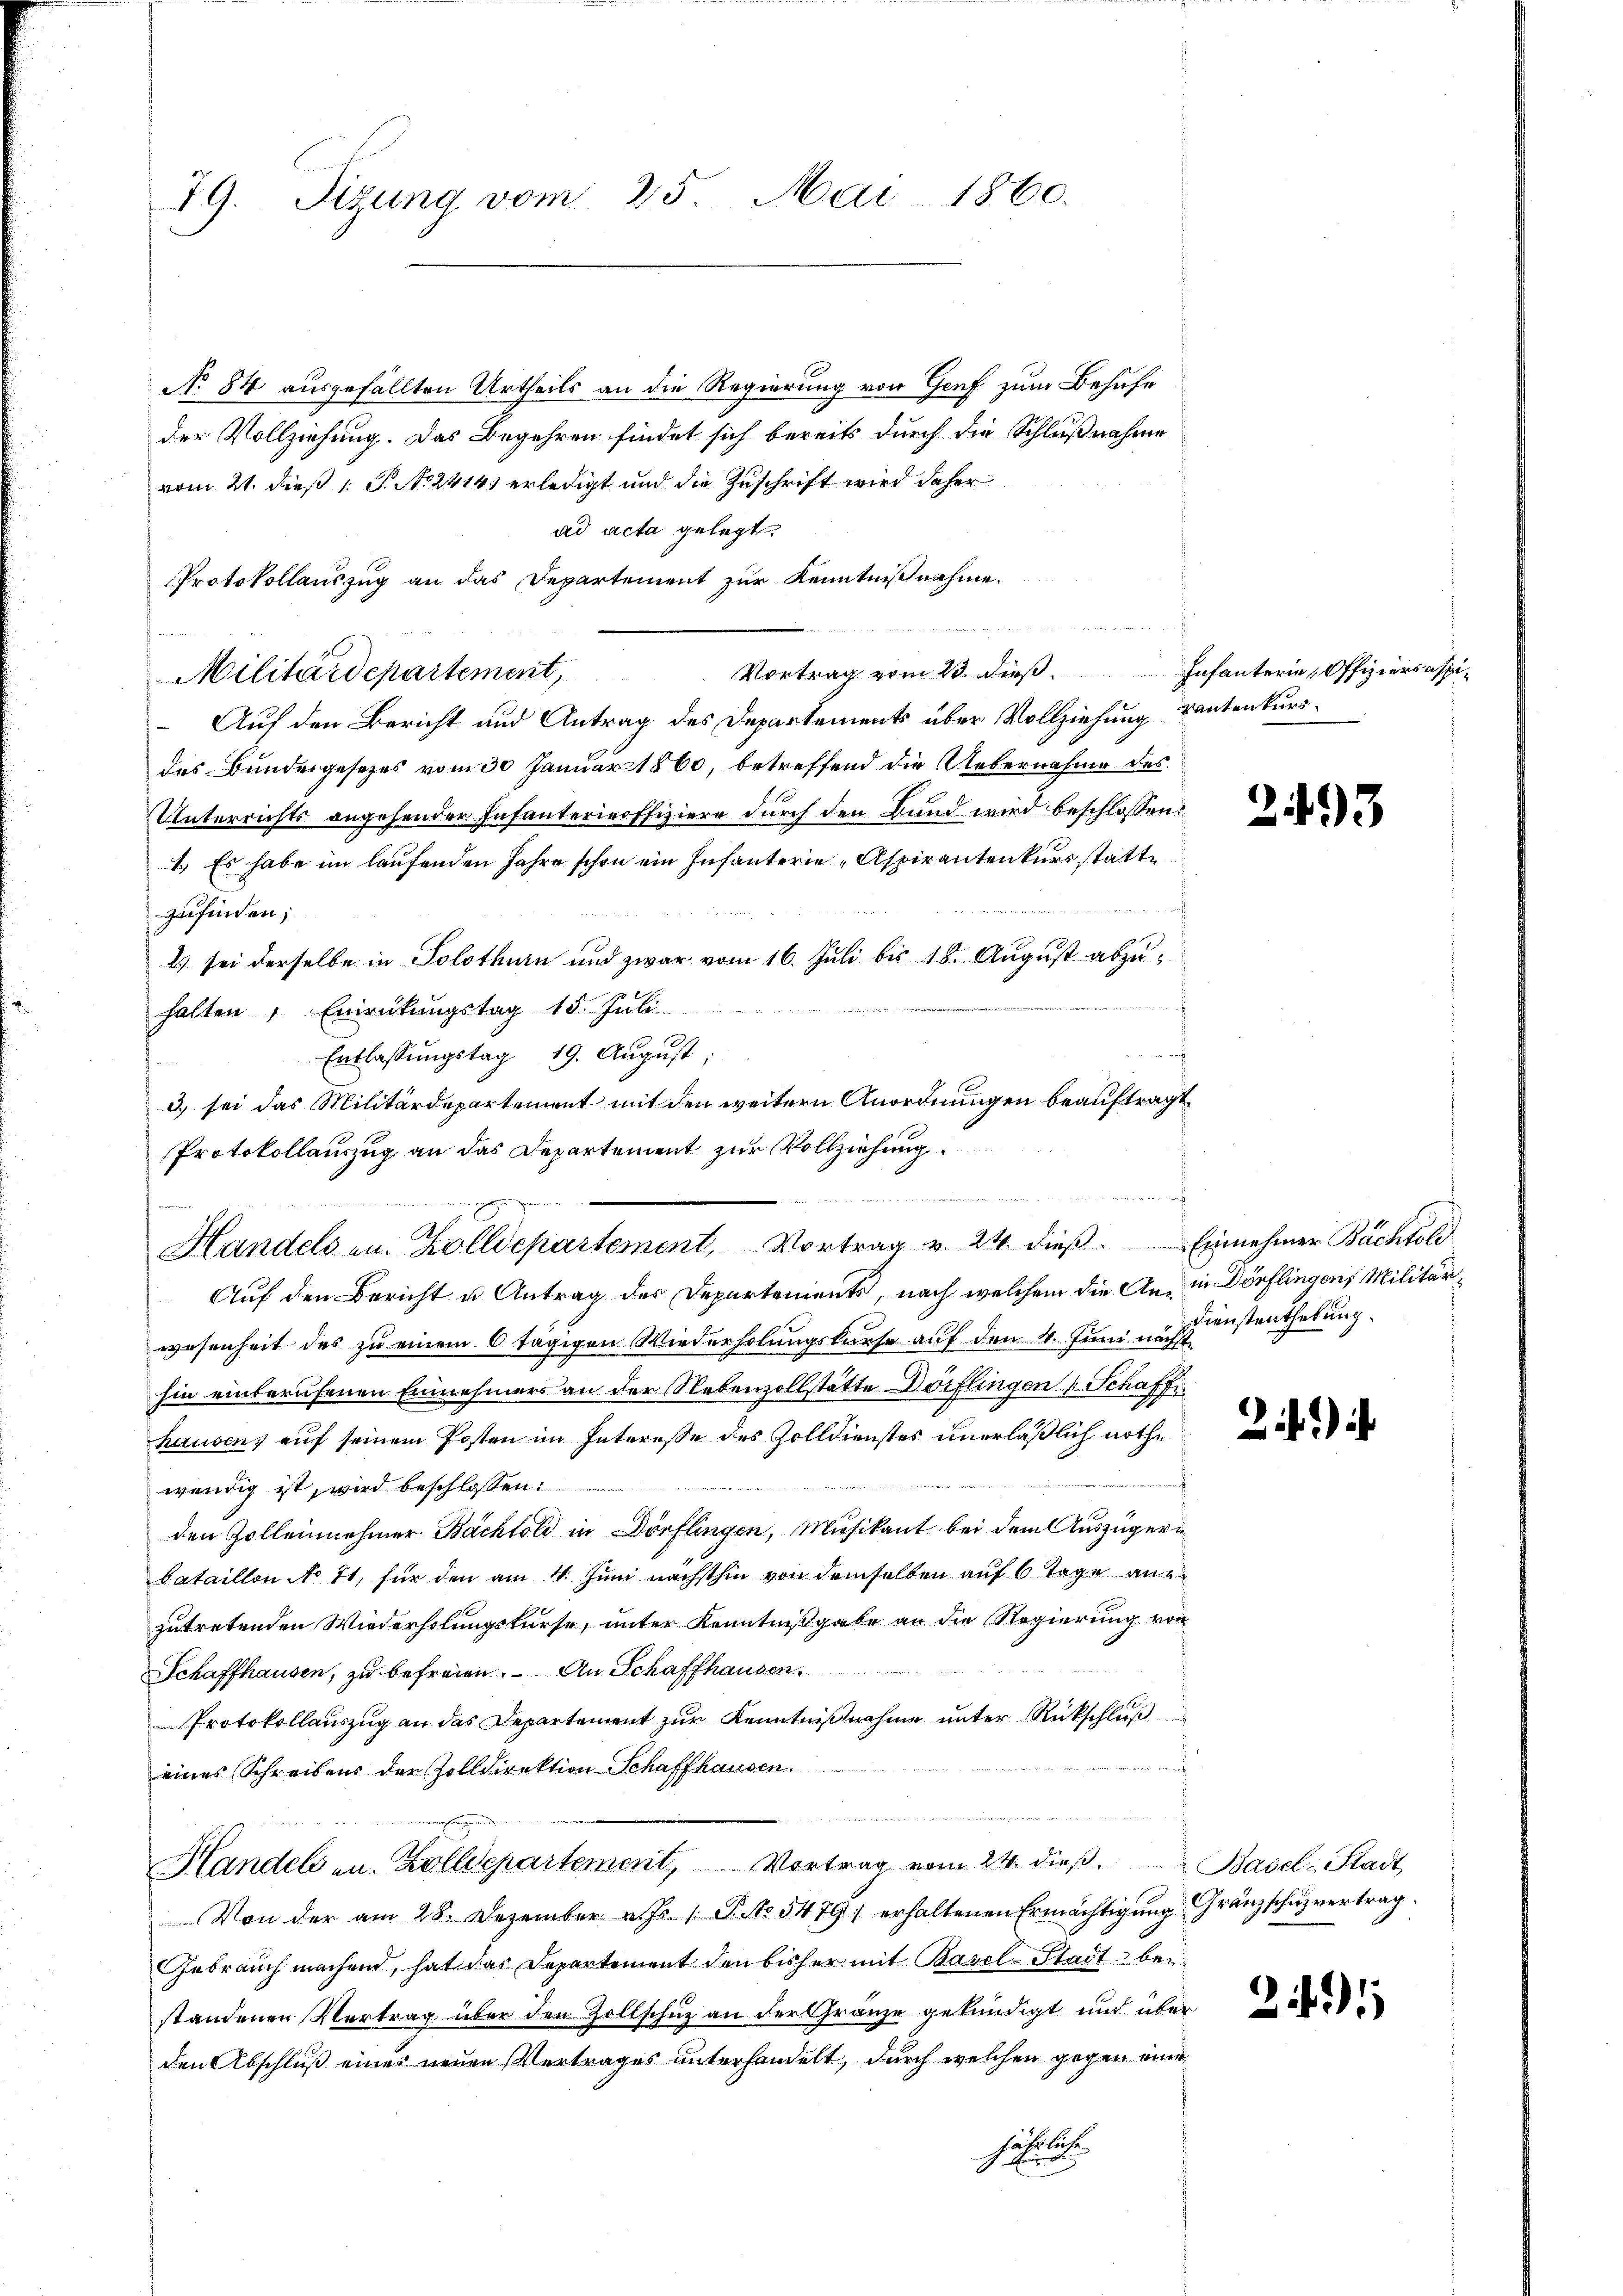
19. Sizung vom 25. Mai 1860.

No 84 ausgefällten Urtheils an die Regierung von Genf zum Behufe
der Vollziehung. Das Begehren findet sich bereits durch die Schlußnahme
vom 21. dieß 1 S. No. 2414 erledigt und die Zuschrift wird daher
ad acta gelegt.
Protokollauszug an das Departement zur Kenntnißnahme.
M
Auf den Bericht und Antrag des Departements über Vollziehung kantenkursdes Bundesgesetzes vom 30 Januar 1860, betreffend die Uebernahme des
Unterrichts angehender Infanterieoffiziere durch den Bund wird beschlossen:
1.) Es habe im laufenden Jahre schon ein Infanterie Aspirantenkurs statte
zufinden;
2) sei derselbe in Solothurn und zwar vom 16. Juli bis 18. August abzu¬

.
halten " Einrückungstag 15. Juli
Entlassungstag 19. August,
3) sei das Militärdepartement mit den weitern Anordnungen beauftragt
Protokollauszug an das Departement zur Vollziehung
Handels in Zolldepartement, Vortrag v. 24. dieβ. Einnehmer Bächtold
Auf den Bericht u. Antrag des Departements, nach welchem die An- in Dörflingens Militärwesenheit des zu einem 6 tägigen Wiederholungskurse auf den 4. Juni u. Dienstenthebung
hin einberufenen Einnehmers an der Nebenzollstätte Dörflingen (Schaffe
hausen, auf seinem Posten im Interesse des Zolldienstes unerläßlich nothe
wendig ist, wird beschlossen:
den Zollennehmer Bächtold in Dörflingen, Musikant bei dem Auszügeri
bataillon No 71, für den am 4. Juni nächsthin von demselben auf 6 Tage anzutretenden Wiederholungskurse, unter Kenntnißgabe an die Regierung von
Schaffhausen, zu befreien. An Schaffhausen.
Protokollauszug an das Departement zur Kenntnißnahme unter Rückschluß
f
eines Schreibens der Zolldirektion Schaffhausen.
u
Handels an. Zolldepartement, Vortrag vom 24. dieβ. Basel-Stadt,
Von der am 28. Dezember v. Js. (T. No. 5479 erhaltenen Ermächtigung Gränzschuzvertrag
Gebrauch machend, hat das Departement den bisher mit Basel-Stadt bei
standenen Vertrag über den Zollschuz an der Gränze gekündigt und über
den Abschluß eines neuen Vertrages unterhandelt, durch welchen gegen eine
jährliche
G. in

Militärdepartement

u
Vortrag vom 23. dieß. Infanterie, Offiziersaspi¬

t

2493

)

24